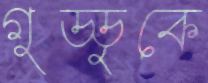
গুড্ডুকে